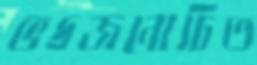
ভদ্রজনোচিত